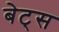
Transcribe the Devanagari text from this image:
बेट्‌स